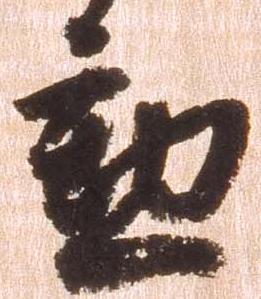
勲